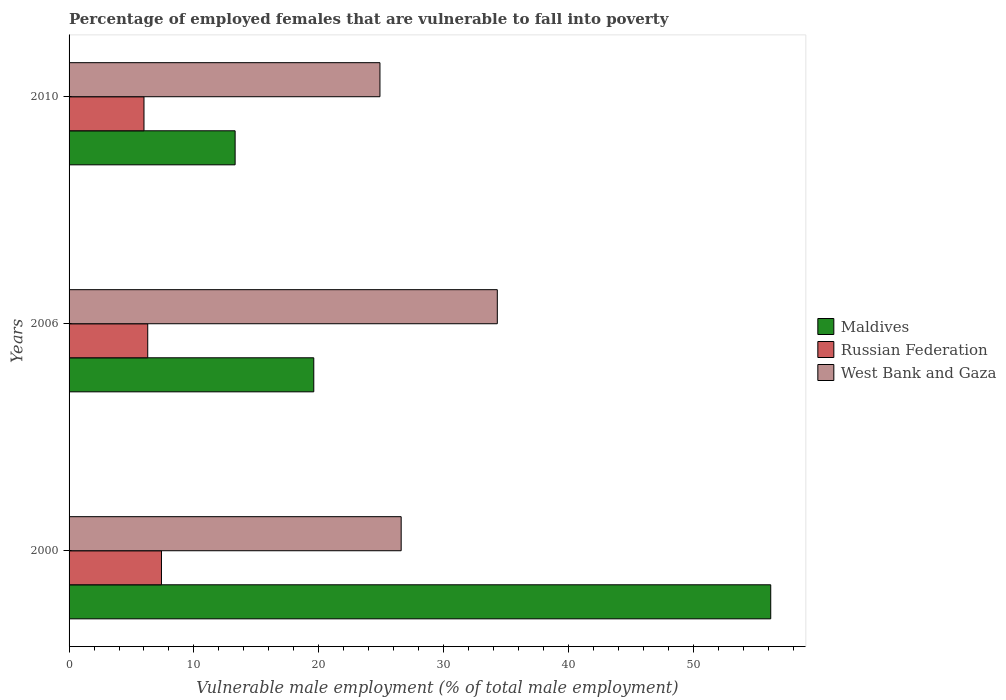
| Years | Maldives | Russian Federation | West Bank and Gaza |
 | --- | --- | --- | --- |
 | 2000 | 56.2 | 7.4 | 26.6 |
 | 2006 | 19.6 | 6.3 | 34.3 |
 | 2010 | 13.3 | 6 | 24.9 |